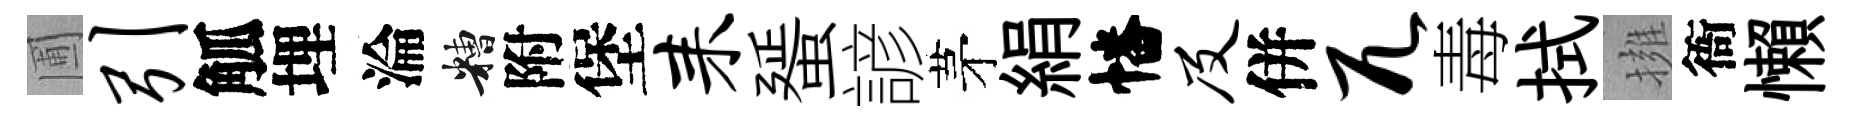
圃引觚埋淪糟附堡耒蜑諺茅絹幡及併兀毒拭擁衙懶